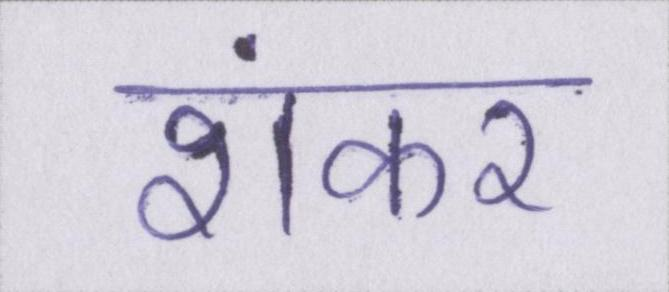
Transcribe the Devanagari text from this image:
शंकर